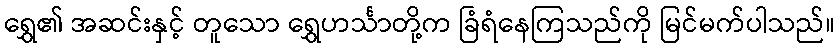
ရွှေ၏ အဆင်းနှင့် တူသော ရွှေဟင်္သာတို့က ခြံရံနေကြသည်ကို မြင်မက်ပါသည်။